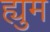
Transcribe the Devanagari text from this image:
ह्युम